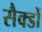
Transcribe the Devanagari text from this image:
सैक्डों